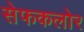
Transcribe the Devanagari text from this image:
सेफकलोर